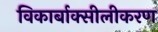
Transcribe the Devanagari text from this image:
विकार्बाक्सीलीकरण